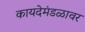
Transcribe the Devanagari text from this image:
कायदेमंडळावर